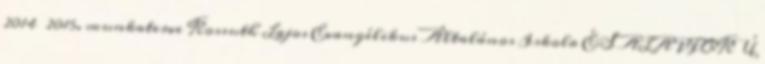
2014 2015. munkaterve Kossuth Lajos Evangélikus Általános Iskola ÉS ALAPFOKÚ